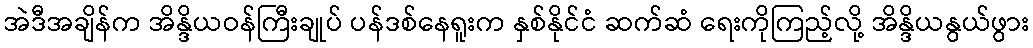
အဲဒီအချိန်က အိန္ဒိယဝန်ကြီးချုပ် ပန်ဒစ်နေရူးက နှစ်နိုင်ငံ ဆက်ဆံ ရေးကိုကြည့်လို့ အိန္ဒိယနွယ်ဖွား